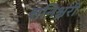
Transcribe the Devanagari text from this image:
शनिश्चरी